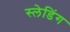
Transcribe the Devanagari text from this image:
स्लेडिंग